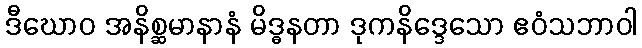
ဒီဃောဝ အနိစ္ဆမာနာနံ မိဒ္ဓနတာ ဒုကနိဒ္ဒေသော ဧဝံသဘာဝါ